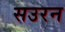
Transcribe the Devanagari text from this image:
सउरन